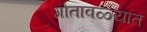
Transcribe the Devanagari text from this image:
गोतावळ्यात